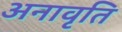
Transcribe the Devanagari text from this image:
अनावृति